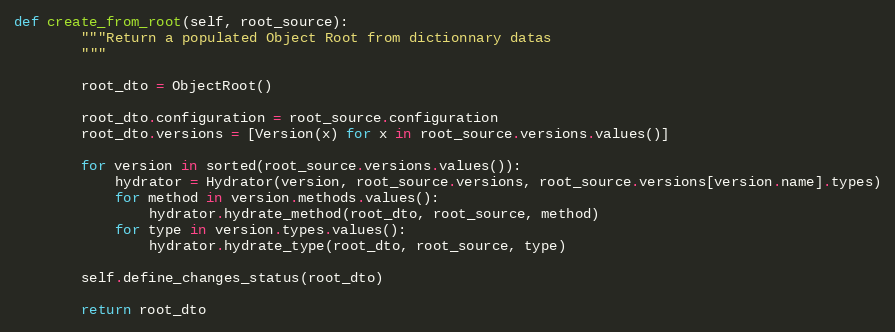
Language: Python
def create_from_root(self, root_source):
        """Return a populated Object Root from dictionnary datas
        """

        root_dto = ObjectRoot()

        root_dto.configuration = root_source.configuration
        root_dto.versions = [Version(x) for x in root_source.versions.values()]

        for version in sorted(root_source.versions.values()):
            hydrator = Hydrator(version, root_source.versions, root_source.versions[version.name].types)
            for method in version.methods.values():
                hydrator.hydrate_method(root_dto, root_source, method)
            for type in version.types.values():
                hydrator.hydrate_type(root_dto, root_source, type)

        self.define_changes_status(root_dto)

        return root_dto